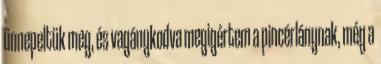
ünnepeltük meg, és vagánykodva megigértem a pincérlánynak, még a